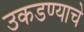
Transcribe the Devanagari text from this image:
उकडण्याचे